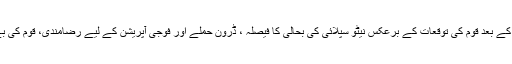
سلالہ چیک پوسٹ کے واقعہ کے بعد قوم کی توقعات کے برعکس نیٹو سپلائی کی بحالی کا فیصلہ ، ڈرون حملے اور فوجی آپریشن کے لیے رضامندی، قوم کی بے بسی کی علامت بن گیاہے۔